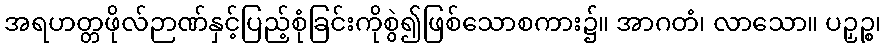
အရဟတ္တဖိုလ်ဉာဏ်နှင့်ပြည့်စုံခြင်းကိုစွဲ၍ဖြစ်သောစကား၌။ အာဂတံ၊ လာသော။ ပဉှဉ္စ၊